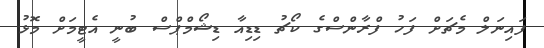
ފައިނަލް މެޗަށް ފަހު ފްރާންސްގެ ކޯޗު ޑިޑިއާ ޑިޝޯމްޕްސް ބުނީ އެޓީމަށް މޮޅު